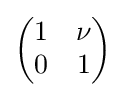
{\begin{pmatrix}1&\nu \\0&1\end{pmatrix}}